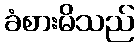
ခံစားမိသည်